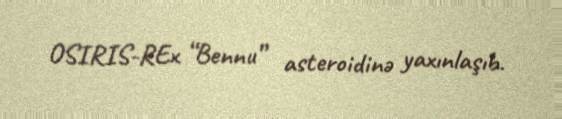
OSIRIS-REx “Bennu” asteroidinə yaxınlaşıb.